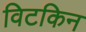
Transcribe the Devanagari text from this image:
विटकिन